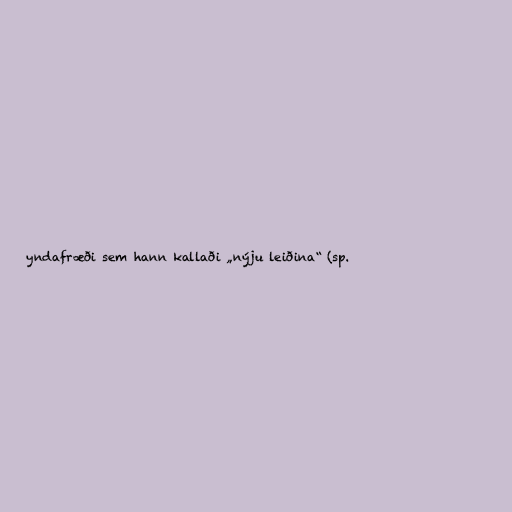
yndafræði sem hann kallaði „nýju leiðina“ (sp.